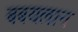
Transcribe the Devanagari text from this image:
बबयलान